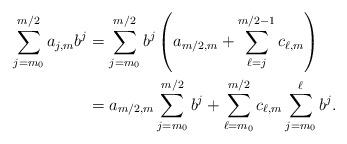
LaTeX: \begin{align*} \sum_{ j = m_0}^{m/2} a_{j,m} b^j &= \sum_{ j = m_0}^{m/2} b^j \left( a_{m/2,m} + \sum_{ \ell = j}^{m/2-1} c_{\ell,m} \right) \\&= a_{m/2,m} \sum_{ j = m_0}^{m/2} b^j + \sum_{ \ell = m_0}^{m/2} c_{\ell,m} \sum_{ j = m_0}^{\ell} b^j .\end{align*}